Medical and sanitary report of the native army of Bengal for the year
Year: 1875
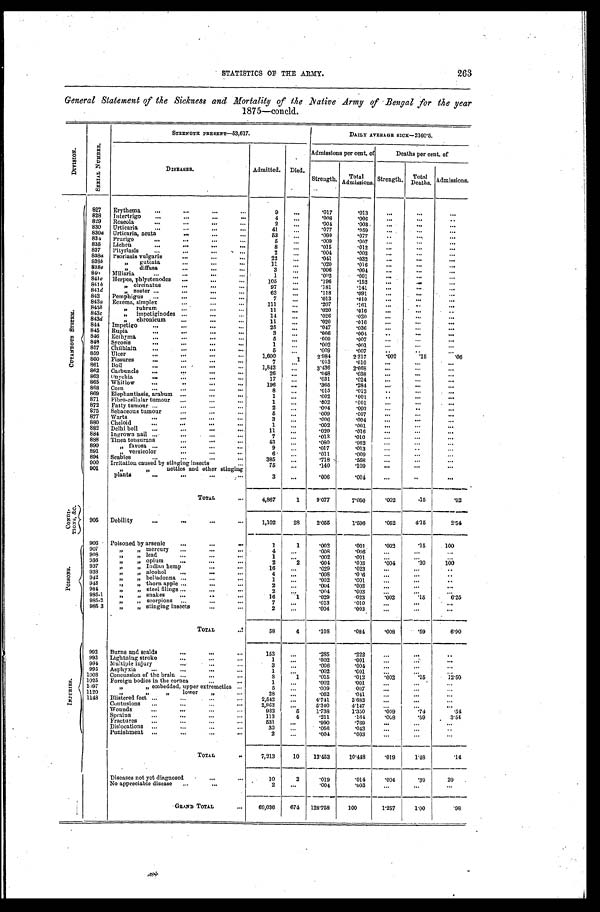
STATISTICS OF THE ARMY. 263
General Statement of the Sickness and Mortality of the Native Army of Bengal for the year
1875—concld.
D I V I S I O N .
S E R I A L N U M B E R .
S T RE NGT H P RE S E NT —5 3 , 6 1 7 .
DAILY AVERAGE SICK—2160.5.
D I S E A S E S .
Admitted. Died.
Admissions per cent. of
D e a t h s p e r c e n t . o f
Strength. Total
Admissions. Strength. Total
Deaths. Admissions.
C U T A N E O U S S Y S T E M .
827 Erythema ...
...
...
...
9
...
.017
. 0 1 3
...
...
. . .
828 Intertrigo ...
...
...
...
4
. . .
. 0 0 8
. 0 0 6...
...
. .
829 Roseola
. . . ...
...
...
2
...
.004
. 0 0 3...
...
. . .
830 Urticaria
. . . ...
...
...
41
. . .
.077
. 0 5 9...
. . .
. . .
830a Urticaria, acuta
...
...
...
53
...
.099
. 0 7 7
. . ...
...
834 Prurigo
. . .
...
...
...
5
. . .
.009
. 0 0 7 . . .
...
. . .
835 Lichen
...
...
...
...
8
...
.015
. 0 1 2 . . .
. . .
. . .
837 Pityriasis
. . .
...
...
...
2
. . .
.004
. 0 0 3...
...
...
838a Psoriasis vulgaris
...
...
...
22
. . .
.041
. 0 3 2 . . .
...
. . .
838b
„ guttata
...
...
...
11
...
.020
. 0 1 6...
. . .
...
838c
„ diffusa
...
...
...
3
...
.006
. 0 0 4...
. . .
. . .
840 Miliaria
. . . ...
...
...
1
...
.002
. 0 0 1...
...
...
841a Herpes, phlyctenodes ...
...
...
105
...
.196
. 1 5 2.
. .
...
...
841b
„ circinatus
...
...
...
97
...
.181
. 1 4 1...
. . .
...
841d
„ z o s t e r . . .
...
...
...
63
. . .
.118
. 0 9 1
. . . ...
...
842 Pemphigus ...
...
...
...
7
. . .
.013
. 0 1 0...
. . .
...
843a Eczema, simplex
...
...
...
111
... .207
. 1 6 1...
..
...
843b
„ rubrum
...
...
...
11
...
.020
. 0 1 6...
...
..
843c
„ impetiginodes ...
...
...
14
.. .
.026
. 0 2 0.
. .
...
...
843d
„ chronicum ...
...
...
11
. . .
.020
. 0 1 6
...
. . .
. . .
844 Impetigo
...
...
...
...
25
. . .
. 0 4 7
. 0 3 6
. . . ...
. . .
845 Rupia
...
...
...
...
3
...
.006
. 0 0 4..
...
...
846 Ecthyma
. . . ...
...
...
5
...
.009
. 0 0 7.
. .
. . .
...
848 Sycosis
. . . ...
...
...
1
. . . .002
. 0 0 1...
...
...
857 Chilblain
. . . ...
...
...
5
. . .
.009
.007
..
..
...
859 Ulcer
. . . ...
...
...
1,600
1
2.984
2.317
.002
. 1 5 .06
860 Fissures
. . .
...
...
...
7 . . .
.013
. 0 1 0 . . .
. . .
...
861 Boil
. . . ...
...
...
1,842
...
3.436
2.668
. . .
. . .
. . .
862 Carbuncle ...
...
...
...
26
...
.048
. 0 3 8...
. . .
. . .
863 Onychia
. . .
...
...
...
17
. . .
.031
. 0 2 4...
...
...
865 Whitlow
. . . ..
...
...
196
. . .
.365
. 2 8 4...
...
...
868 Corn
. . . ...
...
...
8
. . .
.015
. 0 1 2
. . . ...
...
869 Elephantiasis, arabum ...
...
...
1
. . .
.002
. 0 0 1
..
...
...
871 Fibro-cellular tumour ...
...
...
1
. . .
.002
. 0 0 1
...
...
...
872 Fatty tumour ...
...
...
...
2
...
.004
. 0 0 3...
..
...
875 Sebaceous tumour
...
...
...
5
...
.009
. 0 0 7...
...
. . .
877 Warts
. . . ...
...
...
3
...
.006
. 0 0 4 . . .
...
...
880 Cheloid
...
...
...
...
1
. . .
.002
. 0 0 1...
...
...
882 Delhi boil ...
...
...
...
11
. . .
.020
. 0 1 6...
...
...
884 Ingrown nail ...
...
...
...
7
...
.013
. 0 1 0...
...
...
888 Tinea tonsurans
...
...
...
43
. . .
.080
. 0 6 2...
. . .
...
890
„ favosa ...
...
...
...
9
. . .
. 0 1 7
. 0 1 3
. . . ... ...
891
„ versicolor
...
...
...
6
...
.011
. 0 0 9 . . .
...
. . .
894 Scabies
. . . ...
...
...
385
...
.718
. 5 5 8 . . .
...
...
900 Irritation caused by stinging insects
...
75
...
.140
. 1 0 9 . . .
...
...
901
„ „ nettles and other stinging
plants
...
...
...
...
3
. . .
.006
. 0 0 4...
..
...
T O T A L
...
4,867
1
9.077
7.050
. 0 0 2 .15
.02
C O N D I -
T I O N S , & c .
905 Debility
...
...
...
...
1,102
28
2.055
1.596 .052
4.15
2 . 5 4
P O I S O N S .
906 Poisoned by arsenic ...
...
...
1
1
.002
. 0 0 1
. 0 0 2
. 1 5 100
907
„ „ mercury ...
...
...
4
...
.008
. 0 0 6...
...
...
908
„ „ lead
...
...
...
1
...
.002
. 0 0 1...
...
...
936
„ „ opium
...
...
...
2
2
.004
. 0 0 3
. 0 0 4
. 3 0 100
937
„ „ Indian hemp
...
...
16
...
.029
. 0 2 3
...
...
..
938
„ „ alcohol ...
...
...
4
...
.008
. 0 0 6...
...
..
942
„ „ belladonna ...
...
...
1
...
.002
. 0 0 1...
. . .
. .
943
„ „ thorn apple ...
...
...
2
. . .
.004
. 0 0 3 . . . ...
...
984
„ „ steel filings ...
...
...
2
...
.004
. 0 0 3...
...
...
985-1
„ „ snakes ...
..
...
16
1
.029
. 0 2 3
. 0 0 2
. 1 5 6 . 2 5
985-2
„ „ scorpions ...
...
...
7
...
.013
. 0 1 0...
. . .
...
985-3 „ „ stinging insects
...
...
2
. . .
.004
. 0 0 3...
...
...
TOTAL
...
58
4
.108
. 0 8 4
. 0 0 8
. 5 9 6 . 9 0
I N J U R I E S .
992 Burns and scalds
...
...
...
153
. . .
.285
. 2 2 2
...
...
..
993 Lightning stroke
...
...
...
1
. . .
.002
. 0 0 1 . . .
...
...
994 Multiple injury
...
...
...
3
. . .
.006
. 0 0 4 . . .
...
...
995 Asphyxia
...
...
...
...
1
. . .
.002
. 0 0 1 . . .
...
...
1003 Concussion of the brain ...
...
...
8
1
.015
. 0 1 2
. 0 0 2 .15
12.50
1025 Foreign bodies in the cornea
...
...
1
. . .
.002
. 0 0 1...
...
...
1097
„ „ embedded, upper extremeties ...
5
. . .
.009
.007
...
... ...
1120
„ „ „ l o w e r „
...
28
. . .
.052
. 0 4 1
...
. . .
. . .
1148 Blistered feet ...
...
...
...
2,542
. . .
4.741
3.682
...
...
...
Contusions ...
...
...
...
2,863
. . .
5.340
4.147
. . . ... ...
Wounds
. . . ...
...
...
932
5
1.738
1.350
. 0 0 9 .74
. 5 4
Sprains
. . . ...
...
...
113
4
.211
. 1 6 4
. 0 0 8 .59
3 . 5 4
Fractures ...
...
...
...
531
. . .
.990
. 7 6 9.
. .
...
...
Dislocations ...
...
...
...
30
. . .
.056
. 0 4 3...
...
..
Punishment ...
...
...
...
2
. . .
.004
. 0 0 3 . . .
...
...
TOTAL
..
7,213
10 13.453
10.448
. 0 1 9 1.48
.14
Diseases not yet diagnosed
...
...
10
2
.019
.014
. 0 0 4 .30
20
No appreciable disease ...
...
2
...
.004 .003
...
...
...
GRAND TOTAL
...
69,036
674 128.758
100
1 . 2 5 7 1.00
.98